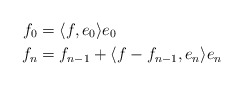
\begin{align*}f_0&=\langle f,e_0\rangle e_0\\f_{n}&=f_{n-1}+\langle f-f_{n-1},e_n\rangle e_n\end{align*}